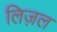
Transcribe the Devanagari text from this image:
लिज़ल